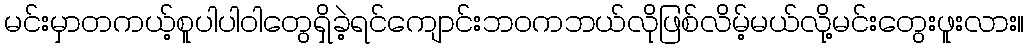
မင်းမှာတကယ့်စူပါပါဝါတွေရှိခဲ့ရင်ကျောင်းဘဝကဘယ်လိုဖြစ်လိမ့်မယ်လို့မင်းတွေးဖူးလား။